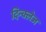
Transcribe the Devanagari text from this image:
दिन्क्लेज